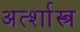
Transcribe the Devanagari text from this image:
अर्त्शास्त्र